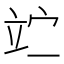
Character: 𥩟